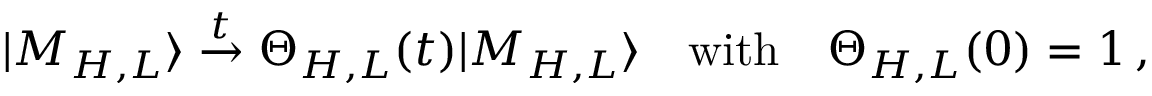
| M _ { H , L } \rangle \stackrel { t } { \to } \Theta _ { H , L } ( t ) | M _ { H , L } \rangle \quad \mathrm { w i t h } \quad \Theta _ { H , L } ( 0 ) = 1 \, ,